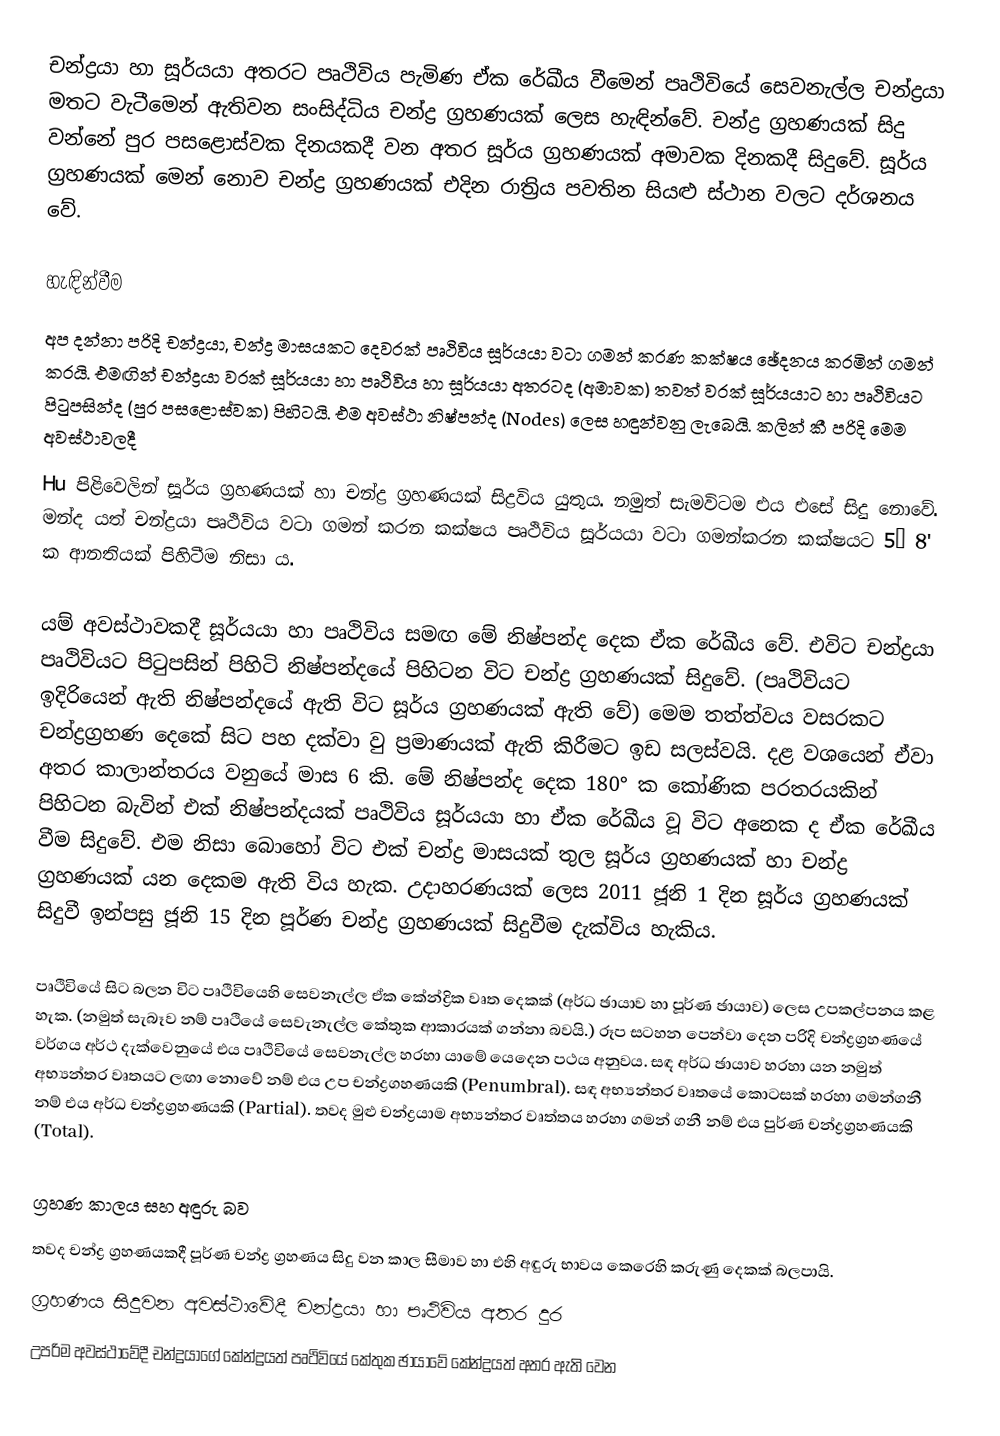
චන්ද්‍රයා හා සූර්යයා අතරට පෘථිවිය පැමිණ ඒක රේඛීය වීමෙන් පෘථිවියේ සෙවනැල්ල චන්ද්‍රයා මතට වැටීමෙන් ඇතිවන සංසිද්ධිය චන්ද්‍ර ග්‍රහණයක් ලෙස හැඳින්වේ. චන්ද්‍ර ග්‍රහණයක් සිදු වන්නේ පුර පසළොස්වක දිනයකදී වන අතර සූර්ය ග්‍රහණයක් අමාවක දිනකදී සිදුවේ. සූර්ය ග්‍රහණයක් මෙන් නොව චන්ද්‍ර ග්‍රහණයක් එදින රාත්‍රිය පවතින සියළු ස්ථාන වලට දර්ශනය වේ.

හැඳින්වීම
අප දන්නා පරිදි චන්ද්‍රයා, චන්ද්‍ර මාසයකට දෙවරක් පෘථිවිය සූර්යයා වටා ගමන් කරණ කක්ෂය ඡේදනය කරමින් ගමන් කරයි. එමඟින් චන්ද්‍රයා වරක් සූර්යයා හා පෘථිවිය හා සූර්යයා අතරටද (අමාවක) තවත් වරක් සූර්යයාට හා පෘථිවියට පිටුපසින්ද (පුර පසළොස්වක) පිහිටයි. එම අවස්ථා නිෂ්පන්ද (Nodes) ලෙස හඳුන්වනු ලැබෙයි. කලින් කී පරිදි මෙම අවස්ථාවලදී
Hu පිළිවෙලින් සූර්ය ග්‍රහණයක් හා චන්ද්‍ර ග්‍රහණයක් සිද්‍රවිය යුතුය. නමුත් සැමවිටම එය එසේ සිදු නොවේ. මන්ද යත් චන්ද්‍රයා පෘථිවිය ව‍ටා ගමන් කරන කක්ෂය පෘථිවිය සූර්යයා වටා ගමන්කරන කක්ෂයට 5° 8' ක ආනතියක් පිහිටීම නිසා ය.

යම් අවස්ථාවකදී සූර්යයා හා පෘථිවිය සමඟ මේ නිෂ්පන්ද දෙක ඒක රේඛීය වේ. එවිට චන්ද්‍රයා පෘථිවියට පිටුපසින් පිහිටි නිෂ්පන්දයේ පිහිටන විට චන්ද්‍ර ග්‍රහණයක් සිදුවේ. (පෘථිවියට ඉදිරියෙන් ඇති නිෂ්පන්දයේ ඇති විට සූර්ය ග්‍රහණයක් ඇති වේ) මෙම තත්ත්වය වසරකට චන්ද්‍රග්‍රහණ දෙකේ සිට පහ දක්වා වු ප්‍රමාණයක් ඇති කිරීමට ඉඩ සලස්වයි. දළ වශයෙන් ඒවා අතර කාලාන්තරය වනුයේ මාස 6 කි. මේ නිෂ්පන්ද දෙක 180° ක කෝණික පරතරයකින් පිහිටන බැවින් එක් නිෂ්පන්දයක් පෘථිවිය සූර්යයා හා ඒක රේඛීය වූ විට අනෙක ද ඒක රේඛීය වීම සිදුවේ. එම නිසා බොහෝ විට එක් චන්ද්‍ර මාසයක් තුල සූර්ය ග්‍රහණයක් හා චන්ද්‍ර ග්‍රහණයක් යන දෙකම ඇති විය හැක. උදාහරණයක් ලෙස 2011 ජූනි 1 දින සූර්ය ග්‍රහණයක් සිදුවී ඉන්පසු ජූනි 15 දින පූර්ණ චන්ද්‍ර ග්‍රහණයක් සිදුවීම දැක්විය හැකිය.

පෘථිවියේ සිට බලන විට පෘථිවියෙහි සෙවනැල්ල ඒක කේන්ද්‍රික වෘත දෙකක් (අර්ධ ඡායාව හා පූර්ණ ඡායාව) ලෙස උපකල්පනය කළ හැක. (නමුත් සැබෑව නම් පෘථියේ සෙවැනැල්ල කේතුක ආකාරයක් ගන්නා බවයි.) රූප සටහන පෙන්වා දෙන පරිදි චන්ද්‍රග්‍රහණයේ වර්ගය අර්ථ දැක්වෙනුයේ එය පෘථිවියේ සෙවනැල්ල හරහා යාමේ යෙදෙන පථය අනුවය. සඳ අර්ධ ඡායාව හරහා යන නමුත් අභ්‍යන්තර වෘතයට ලඟා නොවේ නම් එය උප චන්ද්‍රගහණයකි (Penumbral). සඳ අභ්‍යන්තර වෘතයේ කොටසක් හරහා ගමන්ගනී නම් එය අර්ධ චන්ද්‍රග්‍රහණයකි (Partial). තවද මුළු චන්ද්‍රයාම අභ්‍යන්තර වෘත්තය හරහා ගමන් ගනී නම් එය පුර්ණ චන්ද්‍රග්‍රහණයකි (Total).

ග්‍රහණ කාලය සහ අඳුරු බව
තවද චන්ද්‍ර ග්‍රහණයකදී පූර්ණ චන්ද්‍ර ග්‍රහණය සිදු වන කාල සීමාව හා එහි අඳුරු භාවය කෙරෙහි කරුණු දෙකක් බලපායි.
 ග්‍රහණය සිදුවන අවස්ථාවේදී චන්ද්‍රයා හා පෘථිවිය අතර දුර
 උපරිම අවස්ථාවේදී චන්ද්‍රයාගේ කේන්ද්‍රයත් පෘථිවියේ කේතුක ඡායාවේ කේන්ද්‍රයත් අතර ඇති වෙන